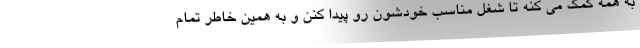
به همه کمک می کنه تا شغل مناسب خودشون رو پیدا کنن و به همین خاطر تمام